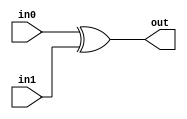
module coreir_xor #(
    parameter width = 1
) (
    input [width-1:0] in0,
    input [width-1:0] in1,
    output [width-1:0] out
);
  assign out = in0 ^ in1;
endmodule

module fold_xor84 (
    input [3:0] I0,
    input [3:0] I1,
    input [3:0] I2,
    input [3:0] I3,
    input [3:0] I4,
    input [3:0] I5,
    input [3:0] I6,
    input [3:0] I7,
    output [3:0] O
);
wire [3:0] xor4_inst0_out;
wire [3:0] xor4_inst1_out;
wire [3:0] xor4_inst2_out;
wire [3:0] xor4_inst3_out;
wire [3:0] xor4_inst4_out;
wire [3:0] xor4_inst5_out;
wire [3:0] xor4_inst6_out;
coreir_xor #(
    .width(4)
) xor4_inst0 (
    .in0(I0),
    .in1(I1),
    .out(xor4_inst0_out)
);
coreir_xor #(
    .width(4)
) xor4_inst1 (
    .in0(xor4_inst0_out),
    .in1(I2),
    .out(xor4_inst1_out)
);
coreir_xor #(
    .width(4)
) xor4_inst2 (
    .in0(xor4_inst1_out),
    .in1(I3),
    .out(xor4_inst2_out)
);
coreir_xor #(
    .width(4)
) xor4_inst3 (
    .in0(xor4_inst2_out),
    .in1(I4),
    .out(xor4_inst3_out)
);
coreir_xor #(
    .width(4)
) xor4_inst4 (
    .in0(xor4_inst3_out),
    .in1(I5),
    .out(xor4_inst4_out)
);
coreir_xor #(
    .width(4)
) xor4_inst5 (
    .in0(xor4_inst4_out),
    .in1(I6),
    .out(xor4_inst5_out)
);
coreir_xor #(
    .width(4)
) xor4_inst6 (
    .in0(xor4_inst5_out),
    .in1(I7),
    .out(xor4_inst6_out)
);
assign O = xor4_inst6_out;
endmodule